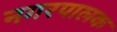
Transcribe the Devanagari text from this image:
नगरपालक